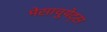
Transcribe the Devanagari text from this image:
मेसाचुयेट्स